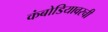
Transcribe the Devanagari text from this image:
कंबोडियावरची